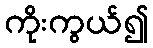
ကိုးကွယ်၍